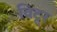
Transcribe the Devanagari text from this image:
विटूर